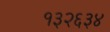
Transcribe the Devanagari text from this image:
१३२६३४